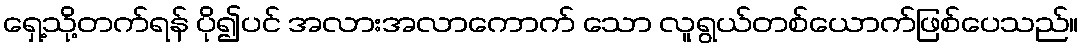
ရှေ့သို့တက်ရန် ပို၍ပင် အလားအလာကောက် သော လူရွယ်တစ်ယောက်ဖြစ်ပေသည်။